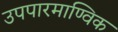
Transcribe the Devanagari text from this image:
उपपारमाण्विक